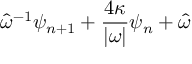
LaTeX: \hat { \omega } ^ { - 1 } \psi _ { n + 1 } + \frac { 4 \kappa } { | \omega | } \psi _ { n } + \hat { \omega }